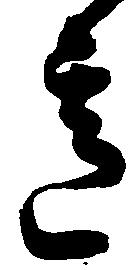
意